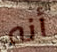
أنه